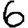
Digit: 6